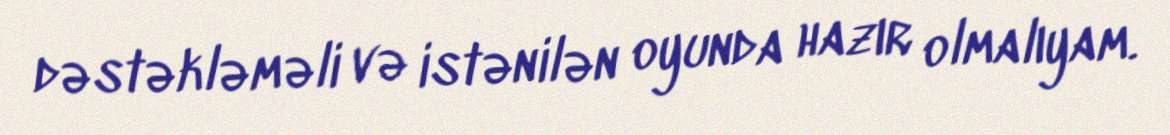
dəstəkləməli və istənilən oyunda hazır olmalıyam.